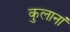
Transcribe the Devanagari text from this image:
कुलानां